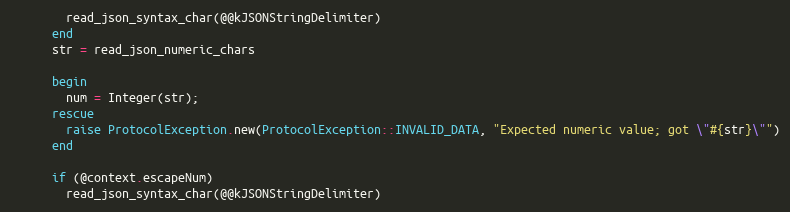
Language: Ruby
        read_json_syntax_char(@@kJSONStringDelimiter)
      end
      str = read_json_numeric_chars

      begin
        num = Integer(str);
      rescue
        raise ProtocolException.new(ProtocolException::INVALID_DATA, "Expected numeric value; got \"#{str}\"")
      end

      if (@context.escapeNum)
        read_json_syntax_char(@@kJSONStringDelimiter)